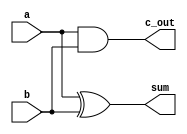
module adder_half(a, b, sum, c_out);
	input a, b;
	output sum, c_out;
	xor xor_1(sum, a, b);
	and and_c2(c_out, a, b);
endmodule